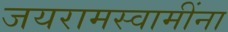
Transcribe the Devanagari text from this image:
जयरामस्वामींना